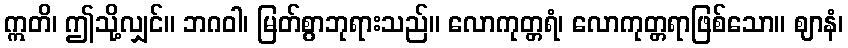
ဣတိ၊ ဤသို့လျှင်။ ဘဂဝါ၊ မြတ်စွာဘုရားသည်။ လောကုတ္တရံ၊ လောကုတ္တရာဖြစ်သော။ ဈာနံ၊